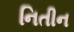
નિતીન